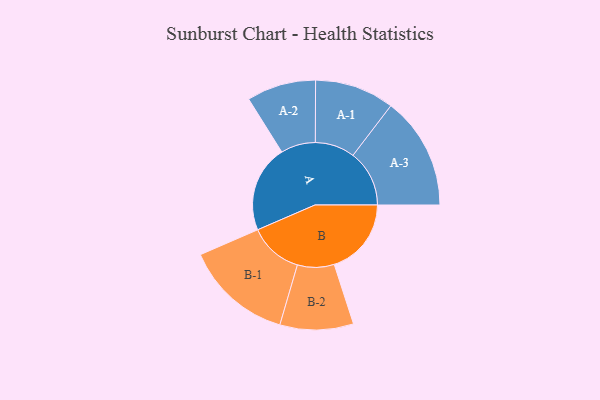
{"axis": {"x": "Segment", "y": "Value"}, "legend": ["", "A", "B"], "data": [{"x": "A", "y": 377, "type": ""}, {"x": "B", "y": 334, "type": ""}, {"x": "A-1", "y": 172, "type": "A"}, {"x": "A-2", "y": 150, "type": "A"}, {"x": "A-3", "y": 244, "type": "A"}, {"x": "B-1", "y": 233, "type": "B"}, {"x": "B-2", "y": 159, "type": "B"}]}